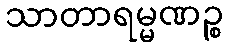
သာတာရမ္မဏဉ္စ